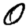
Digit: 0